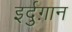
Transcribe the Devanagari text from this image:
इर्दुग़ान